Vaccine operations Central Provinces 1868-1885 - 1868-1885
Year: 1868
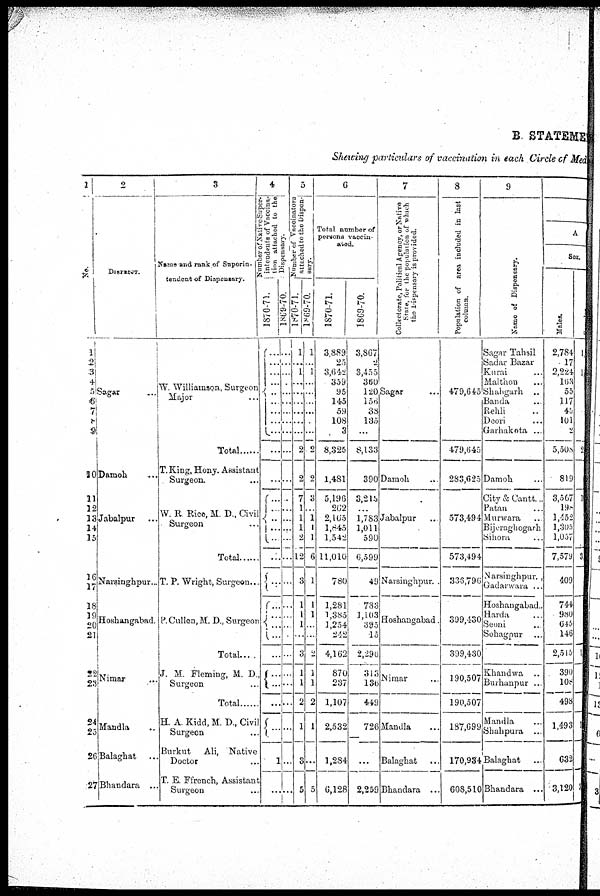
B. STATEMENT
Showing particulars of vaccination in each Circle of Med
1
No.
1
2
3
4
5
6
7
8
9
30
11
12
13
14
15
16
17
18
29
20
21
2?
23
24
25
26
27
2.
DISTRICT.
Sagar... ...
Damoh... ..
Jabalpur...
Narsinghpur...
Hoshangabad.
Nimar ...
Mandla...
Balaghat..
Bhandara ..
3
Name and rank of Superin-
tendent of Dispensary.
W. Williamson, Surgeon
Major...
Total.....
T. King, Hony. Assistant
Surgeon.
W. R Rice, M. D., Civil
Surgeon... ...
Total....
T. P. Wright, Surgeon...
P.Cullen,M.D.,Surgeon
Total...
J. M. Fleming, M. D
Surgeon ...
Total„
H. A Kidd.M. D.,Civil
Surgeon... ...
Burkut Ali, Native
Doctor... ...
T. E. Ffrench, Assistar
Surgeon...
4
Number of Native Super-
intendents of Vaccina-
tion attached to the
Dispensary.
1870-71.
...
...
...
...
...
...
...
...
...
...
...
...
...
...
...
...
...
...
...
...
...
...
...
...
...
...
...
...
...
1
...
1869-70.
...
...
..
...
..
...
...
...
...
...
...
...
...
...
...
...
...
...
...
...
...
...
...
...
...
...
...
...
...
...
...
5
Number of Vaccinators
attached to the Dispen-
sary.
1870-71.
1
...
1
...
...
...
...
...
...
2
2
7
1
1
1
2
12
3
1
1
1
...
3
1
1
2
...
1
3
5
1869-70.
1
...
1
...
...
...
...
...
...
2
2
3
...
1
1
1
6
1
1
1
...
...
2
1
1
2
...
1
...
5
6
Total number of
persons vaccin-
ated.
1870-71
3,889
25
3,642
359
95
145
59
108
3
8,325
1,481
5,196
262
2,165
1,845
1,542
11,010
780
1,281
1,385
1,254
242
4,162
870
237
1,107
...
2,532
1,284
6,128
1869-70.
3,867
2
3,455
360
120
150
38
135
...
8,133
390
3,215
...
1,783
1,011
590
6,599
49
783
1,103
395
15
2,296
313
136
449
726
...
2,259
7
Collectoratc, Political Agency, or Native
State, for the population
of which
the Dispensary is provided.
Sagar... ...
Damoh
..
Jabalpur..
Narsinghpur. .
Hoshangabad.
Nimar... ...
...
Mandla...
Balaghat...
Bhandara ...
8
Population of area included in last
column.
479,645
479,645
283,625
573,494
573,494
336,796
399,430
399,430
190,507
190,507
187,699
170,934
608,510
9
Name of Dispensary.
Sagar Tahsil..
Sadar Bazar..
Kurai..
Malthon..
Shahgarh ..
Banda
..
Rehii..
Deori..
Garhakota ...
Damoh...
City & Cantt...
Patan
Murwara
Bijeraghogarh
Sihora
Narsinghpur. ,
Gadarwara ...
Hoshangabad..
Haida... ...
Seoni
Sohagpur ...
Khandwa ..
Burhanpur ..
...
Mandla...
Shahpura ..
Balaghat..
Bhandara ...
A
Sex.
Males.
2,784
17
2,224
163
55
117
45
101
2
5,508
819
3,567
198
1,452
l,305
1,057
7,579
409
...
744
980
645
146
2,515
390
108
498
1,493
632
3,120
2
...
1
3
...
1
1
3